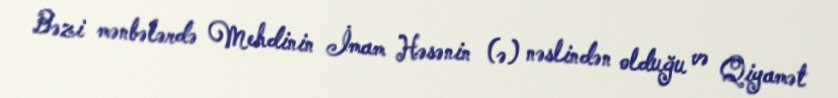
Bəzi mənbələrdə Mehdinin İmam Həsənin (ə) nəslindən olduğu və Qiyamət